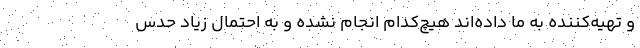
و تهیه‌کننده به ما داده‌اند هیچ‌کدام انجام نشده و به احتمال زیاد حدس